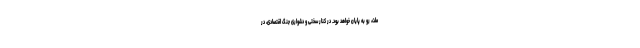
ملت، رو به پایان خواهد بود. در کنار سختی و دشواری جنگ اقتصادی، در